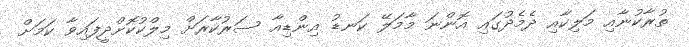
ތުރާކުނާއި މަލިކާއި ދެމެދުގައި އޮންނަ މާމަލޭ ކަނޑު އިންޑިއާ ސަރުކާރަށް މިލްކުކޮށްދީފައިވާ ކަމަށް